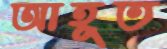
আহূত